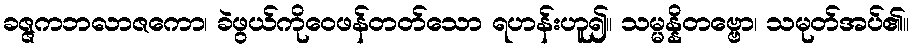
ခဇ္ဇကဘလာဇကော၊ ခဲဖွယ်ကိုဝေဖန်တတ်သော ရဟန်းဟူ၍။ သမ္မန္နိတဗ္ဗော၊ သမုတ်အပ်၏။